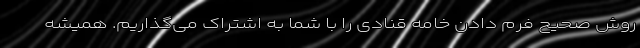
روش صحیح فرم دادن خامه قنادی را با شما به اشتراک می‌گذاریم. همیشه